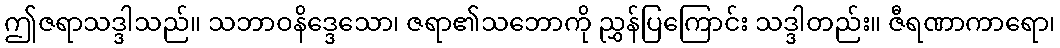
ဤဇရာသဒ္ဒါသည်။ သဘာဝနိဒ္ဒေသော၊ ဇရာ၏သဘောကို ညွှန်ပြကြောင်း သဒ္ဒါတည်း။ ဇီရဏာကာရော၊